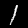
Label: 1